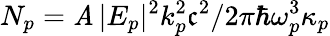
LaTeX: N_{p}=\mathit{A}\, |E_{p}|^{2}k_{p}^{2}\mathfrak{c}^{2}/2\pi\hbar\omega_{p}^{3}\kappa_{p}